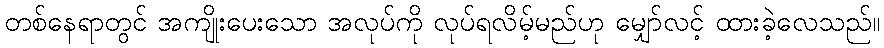
တစ်နေရာတွင် အကျိုးပေးသော အလုပ်ကို လုပ်ရလိမ့်မည်ဟု မျှော်လင့် ထားခဲ့လေသည်။